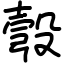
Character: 彀